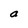
Character: a